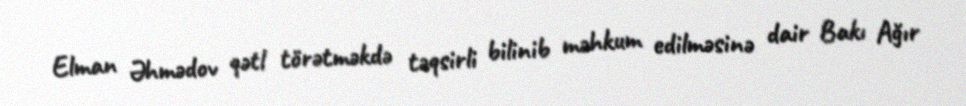
Elman Əhmədov qətl törətməkdə təqsirli bilinib məhkum edilməsinə dair Bakı Ağır